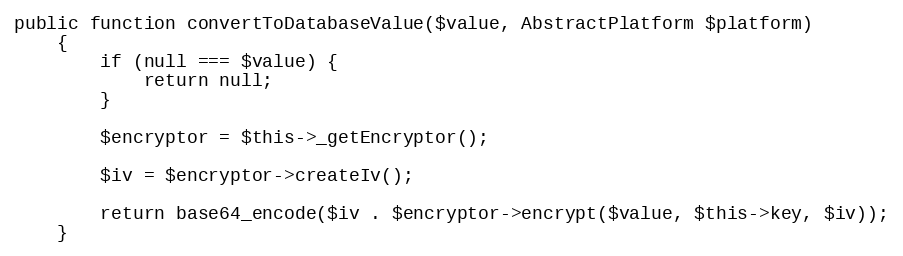
Language: PHP
public function convertToDatabaseValue($value, AbstractPlatform $platform)
    {
        if (null === $value) {
            return null;
        }

        $encryptor = $this->_getEncryptor();

        $iv = $encryptor->createIv();

        return base64_encode($iv . $encryptor->encrypt($value, $this->key, $iv));
    }